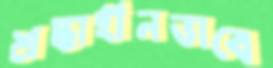
শ্রদ্ধাহীনভাবে